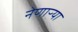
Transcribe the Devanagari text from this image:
नेणाऱ्‍या